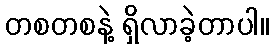
တစတစနဲ့ ရှိလာခဲ့တာပါ။